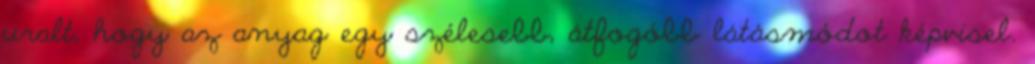
uralt, hogy az anyag egy szélesebb, átfogóbb látásmódot képvisel.